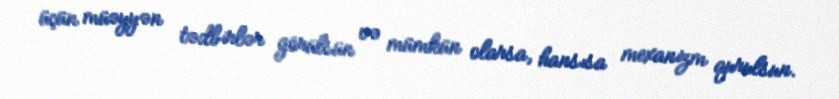
üçün müəyyən tədbirlər görülsün və mümkün olarsa, hansısa mexanizm qurulsun.